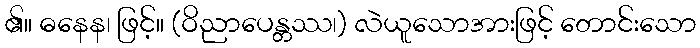
၏။ ဓနေန၊ ဖြင့်။ (ဝိညာပေန္တဿ၊) လဲယူသောအားဖြင့် တောင်းသော